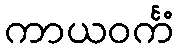
ကာယဝင်္ကံ